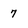
Character: 7